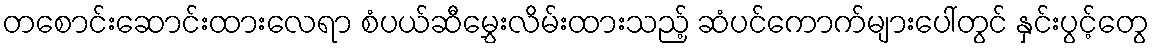
တစောင်းဆောင်းထားလေရာ စံပယ်ဆီမွှေးလိမ်းထားသည့် ဆံပင်ကောက်များပေါ်တွင် နှင်းပွင့်တွေ